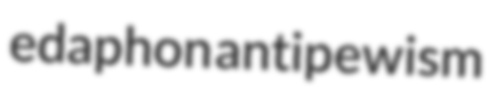
edaphon antipewism